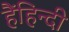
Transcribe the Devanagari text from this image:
हैंहिन्दी